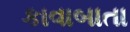
કાવાબાતા